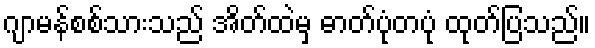
ဂျာမန်စစ်သားသည် အိတ်ထဲမှ ဓာတ်ပုံတပုံ ထုတ်ပြသည်။